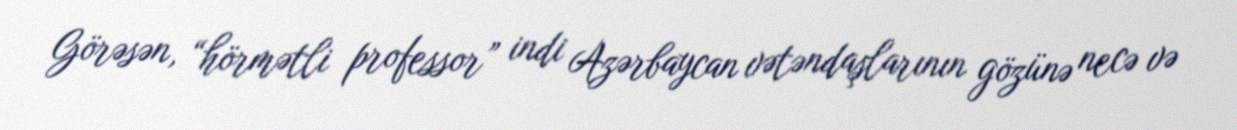
Görəsən, “hörmətli professor” indi Azərbaycan vətəndaşlarının gözünə necə və